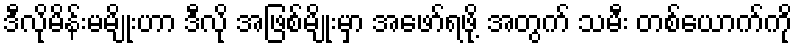
ဒီလိုမိန်းမမျိုးဟာ ဒီလို အဖြစ်မျိုးမှာ အဖော်ရဖို့ အတွက် သမီး တစ်ယောက်ကို